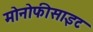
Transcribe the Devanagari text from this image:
मोनोफीसाइट